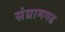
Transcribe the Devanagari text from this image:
संग्रामगढ